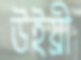
উইয্রী